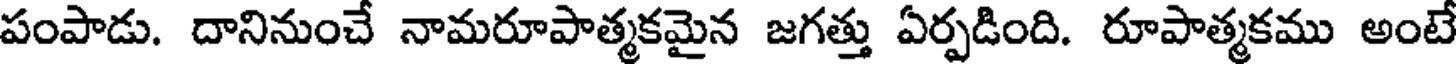
పంపాడు. దానినుంచే నామరూపాత్మకమైన జగత్తు ఏర్పడింది. రూపాత్మకము అంటే